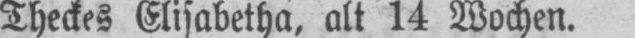
Theckes Elisabetha, alt 14 Wochen.